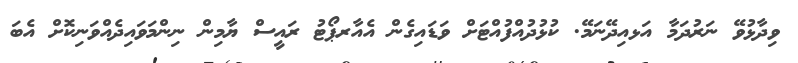
ވިދާޅުވޭ ނަރުދަމާ އަޅއިދޭނަމޭ. ކުޅުދުއްފުއްޓަށް ވަޑައިގެން އެއާރޕޯޓު ރައީސް ޔާމިން ނިންމަވައިދެއްވަނިކޮށް އެބަ